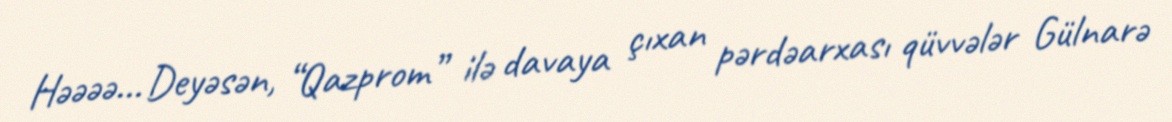
Həəəə... Deyəsən, “Qazprom” ilə davaya çıxan pərdəarxası qüvvələr Gülnarə